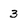
Character: 3